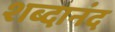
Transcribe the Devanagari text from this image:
शब्दानंद